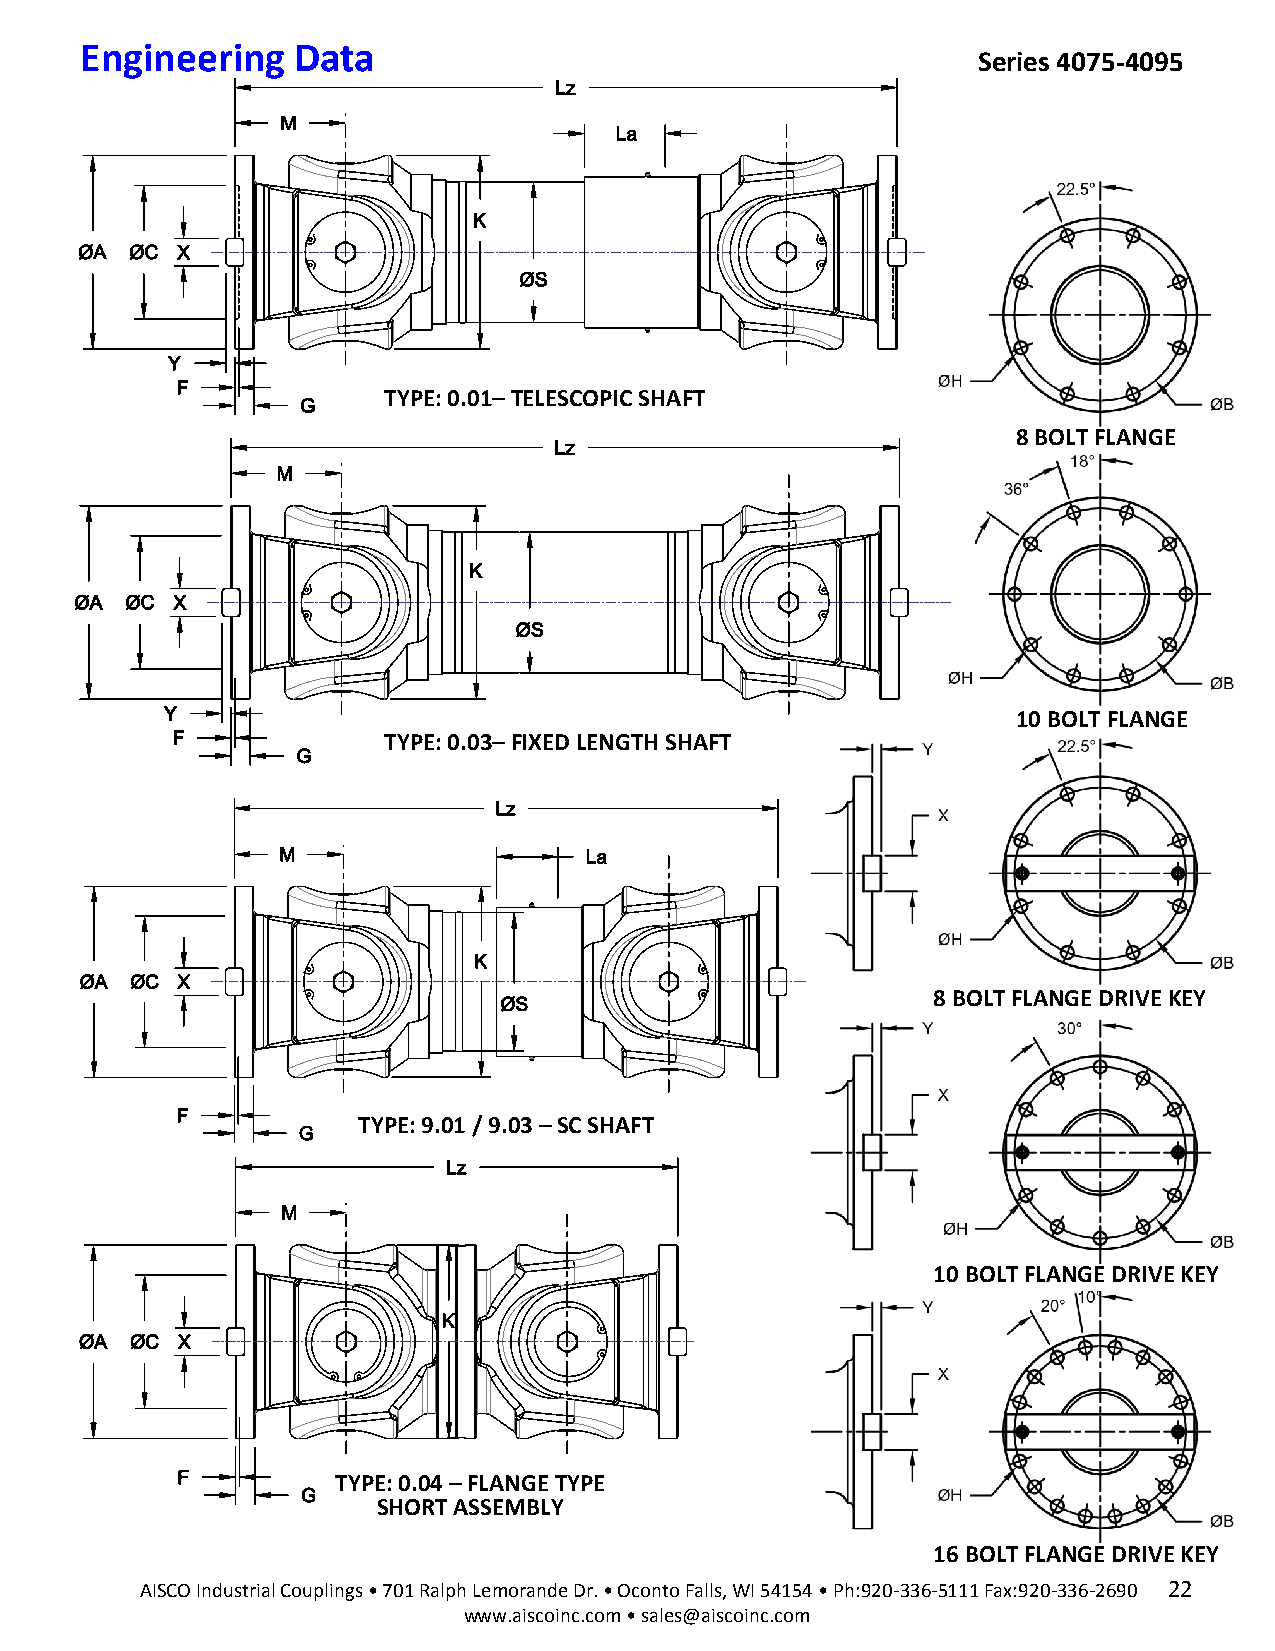
E ngineering  Data
 Series 4075-4095
 TYPE: 0.01– TELESCOPIC SHAFT
 8 BOLT FLANGE
 10 BOLT FLANGE
 TYPE: 0.03– FIXED LENGTH SHAFT
 8 BOLT FLANGE DRIVE KEY
 TYPE: 9.01 / 9.03 – SC SHAFT
 10 BOLT FLANGE DRIVE KEY
 TYPE: 0.04 – FLANGE TYPE
 SHORT ASSEMBLY
 16 BOLT FLANGE DRIVE KEY
 AISCO Industrial Couplings • 701 Ralph Lemorande Dr. • Oconto Falls, WI 54154 • Ph:920-336-5111 Fax:920-336-2690 22
 www.aiscoinc.com • sales@aiscoinc.com